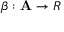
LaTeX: \beta : \mathbf { A } \rightarrow R